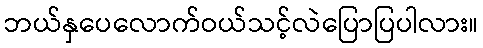
ဘယ်နှပေလောက်ဝယ်သင့်လဲပြောပြပါလား။